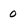
Character: 0